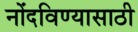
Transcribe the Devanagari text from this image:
नोंदविण्यासाठी